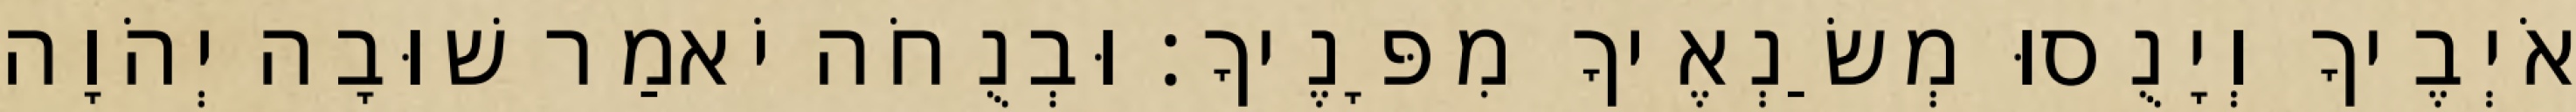
אֹיְבֶיךָ וְיָנֻסוּ מְשַׂנְאֶיךָ מִפָּנֶיךָ׃ וּבְנֻחֹה יֹאמַר שׁוּבָה יְהֹוָה